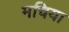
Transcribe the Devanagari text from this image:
मचिया